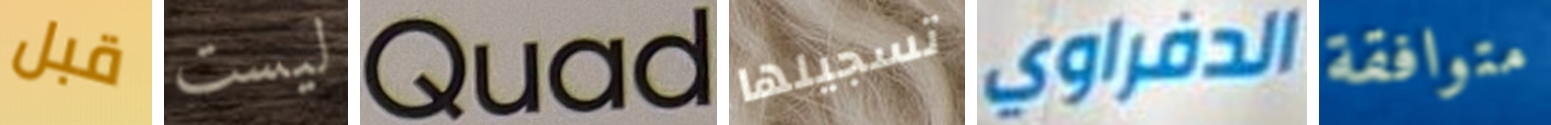
قبل ليست Quad تسجيلها الدفراوي متوافقة